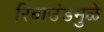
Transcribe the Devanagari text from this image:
रिबाउंडमुळे